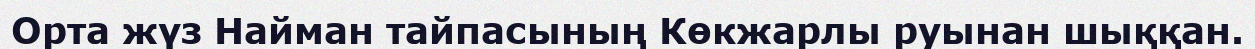
Орта жүз Найман тайпасының Көкжарлы руынан шыққан.